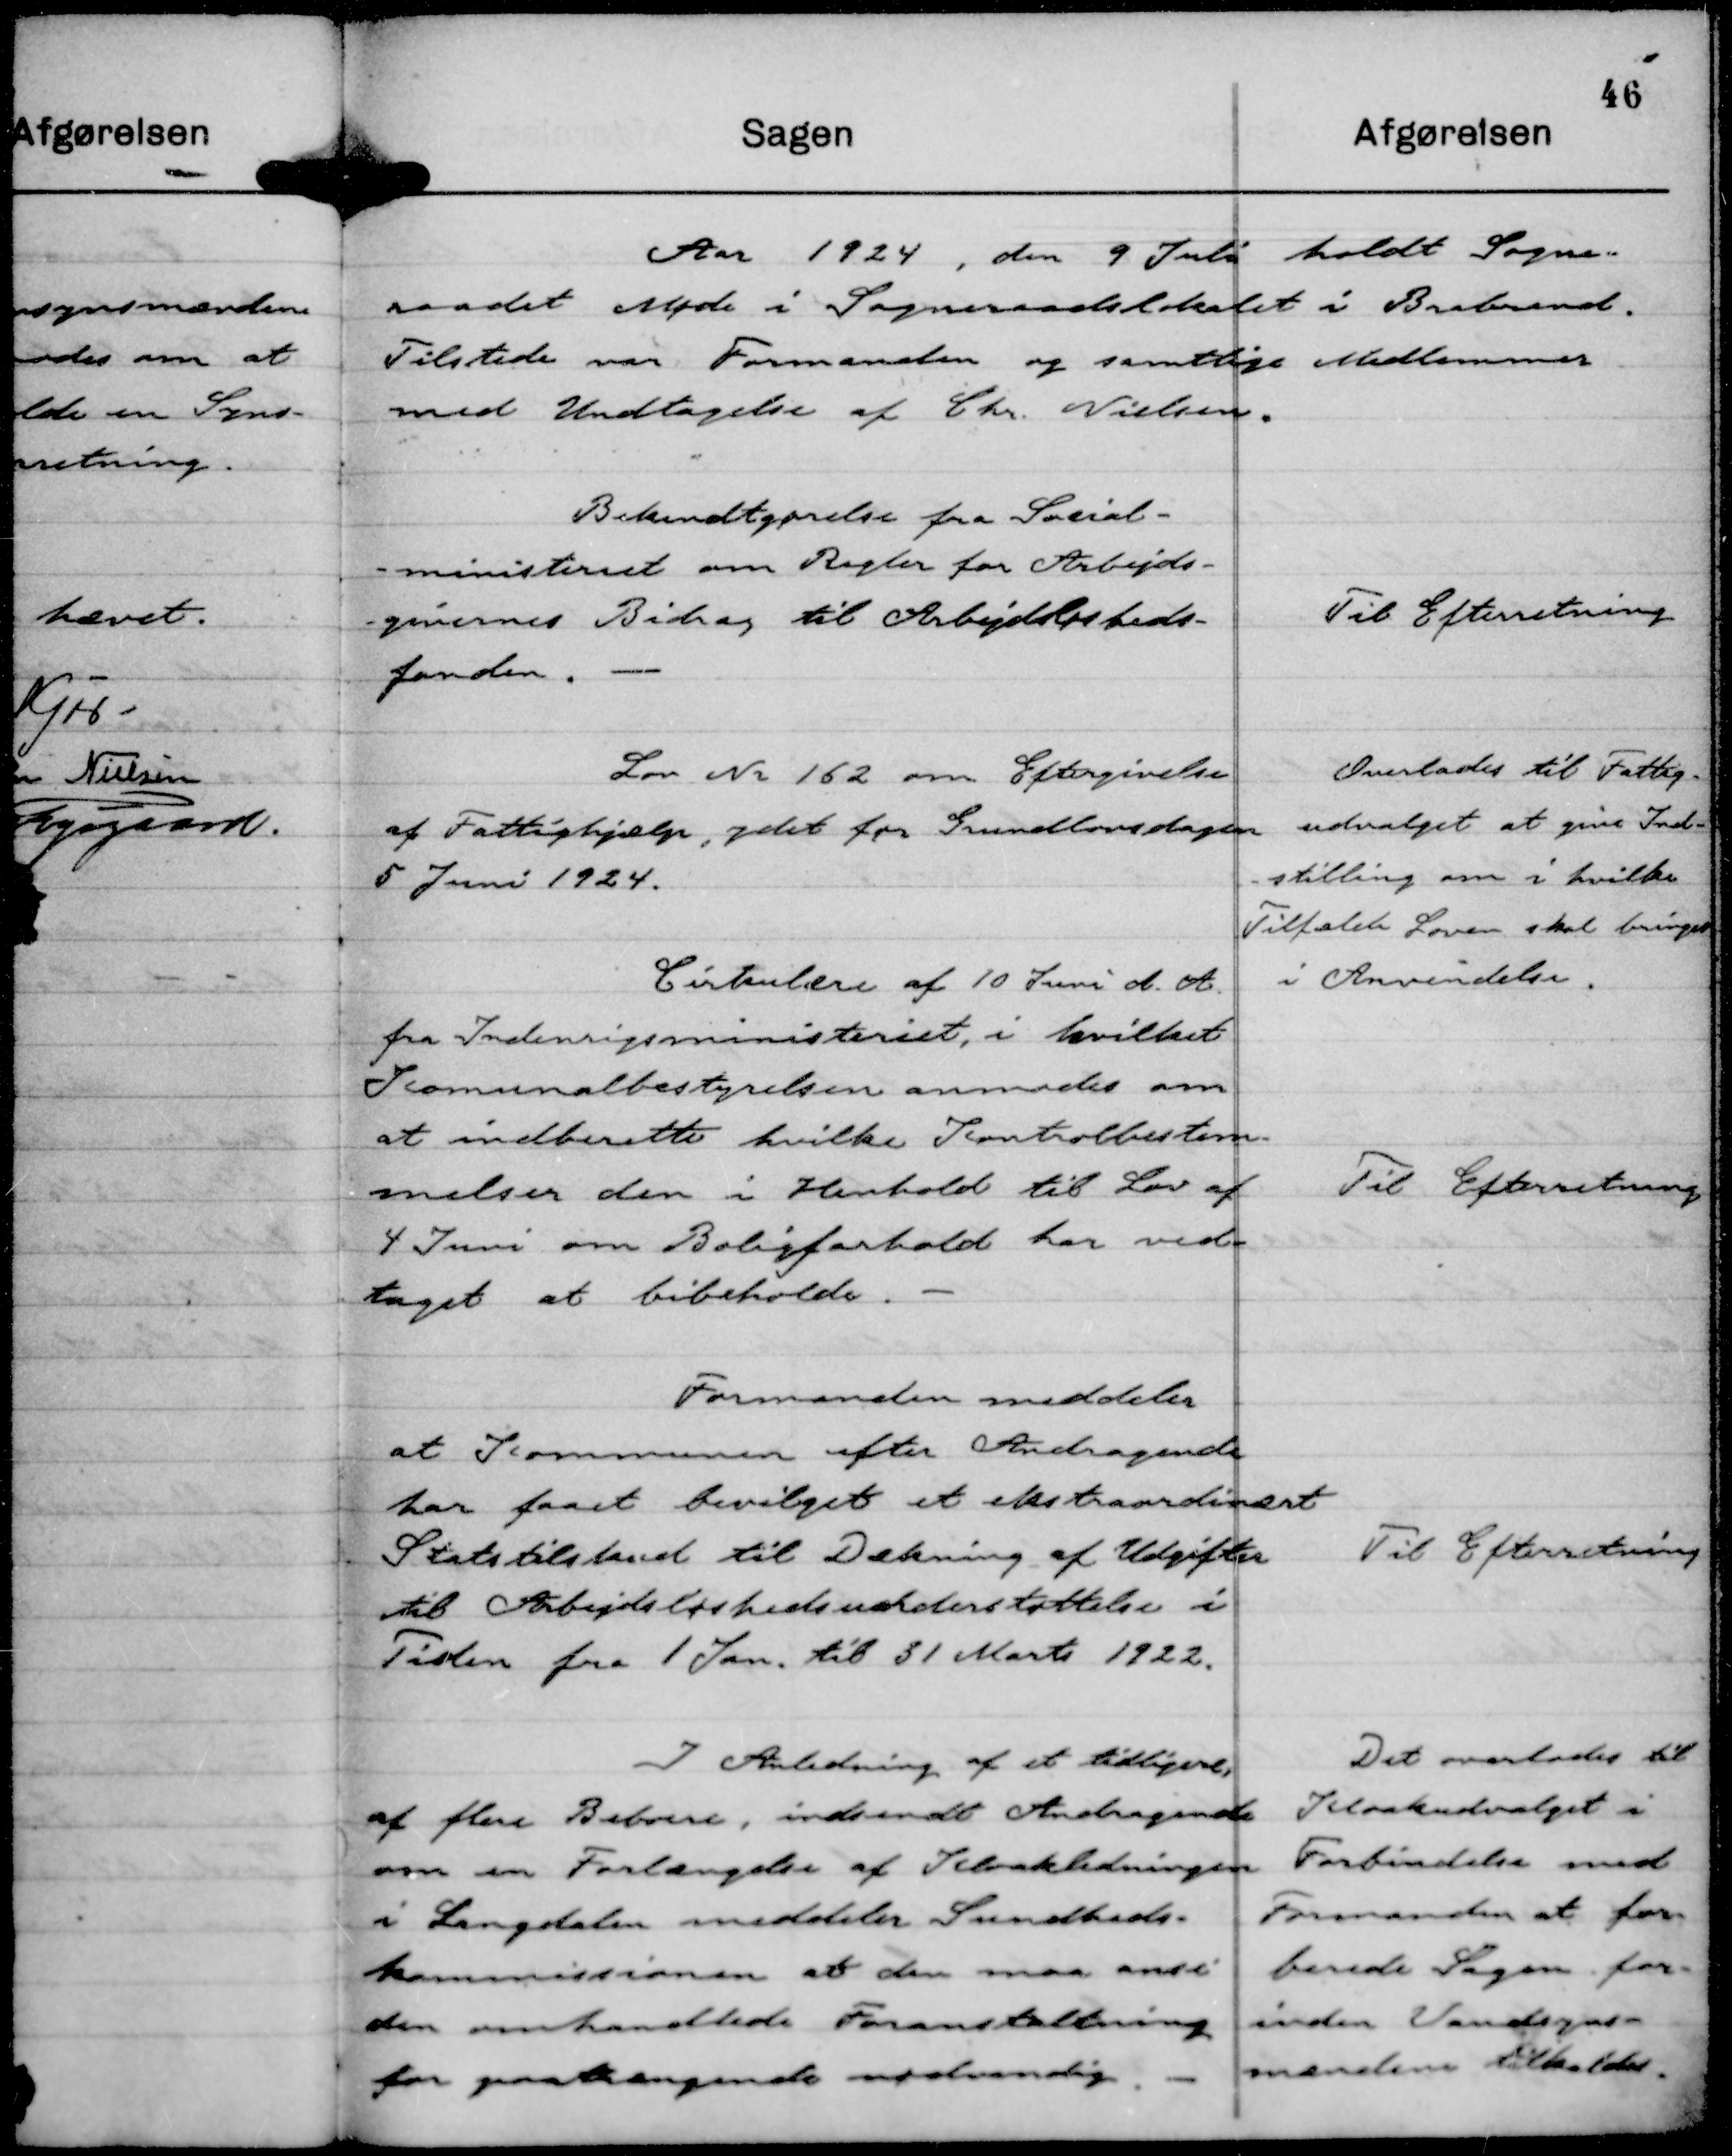
Transskription:
Aar 1924, den 9 Juli holdt Sogne-
raadet Møde i Sogneraadslokalet i Brabrand.
Tilstede var Formanden og samtlige Medlemmer
med Undtagelse af Chr. Nielsen.

Bekendtgørelse fra Social-
-ministeriet om Regler for Arbejds-
-givernes Bidrag til Arbejdsløsheds-
fonden.

Til Efterretning

Lov Nr 162 om Eftergivelse
af Fattighjælp, ydet før Grundlovsdagen
5 Juni 1924.

Overlades til Fattig-
udvalget at give Ind-
-stilling om i hvilke
Tilfælde Loven skal bringes
i Anvendelse.

Cirkulære af 10 Juni d. A.
fra Indenrigsministeriet, i hvilket
Kommunalbestyrelsen anmodes om
at indberette hvilke Kontrolbestem-
melser den i Henhold til Lov af
4 Juni om Boligforhold har ved-
taget at bibeholde.

Til Efterretning

Formanden meddeler
at Kommunen efter Andragende
har faaet bevilget et ekstraordinært
Statstilskud til Dækning af Udgifter
til Arbejdsløshedsunderstøttelse i
Tiden fra 1 Jan. til 31 Marts 1922.

Til Efterretning

I Anledning af et tidligere,
af flere Beboere, indsendt Andragende
om en Forlængelse af Kloakledningen
i Langdalen meddeler Sundheds-
kommissionen at den maa anse
den omhandlede Foranstaltning
for paatrængende nødvendig.

Det overlodes til
Kloakudvalget i
Forbindelse med
Formanden at for-
berede Sagen for-
inden Vandsyns-
mændene tilkaldes.